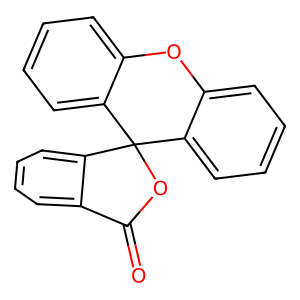
SMILES: O=C1OC2(c3ccccc3Oc3ccccc32)c2ccccc21
Inhibits HIV replication: No